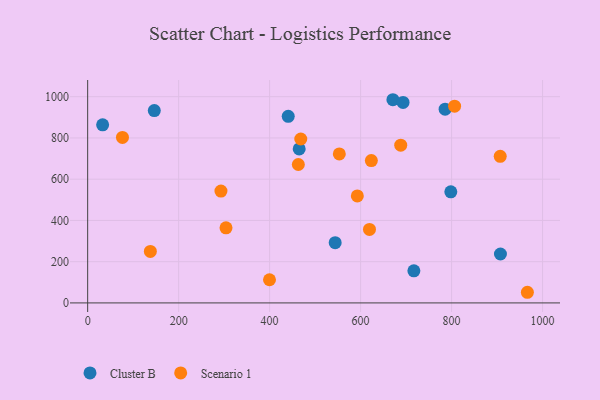
{"axis": {"x": "Investment", "y": "Profit"}, "legend": ["Cluster B", "Scenario 1"], "data": [{"x": "465.0", "y": 746.8, "type": "Cluster B"}, {"x": "798.3", "y": 538.8, "type": "Cluster B"}, {"x": "146.5", "y": 932.5, "type": "Cluster B"}, {"x": "544.1", "y": 292.2, "type": "Cluster B"}, {"x": "671.0", "y": 985.3, "type": "Cluster B"}, {"x": "785.8", "y": 939.5, "type": "Cluster B"}, {"x": "717.1", "y": 155.6, "type": "Cluster B"}, {"x": "693.3", "y": 972.2, "type": "Cluster B"}, {"x": "907.4", "y": 237.2, "type": "Cluster B"}, {"x": "32.9", "y": 863.5, "type": "Cluster B"}, {"x": "440.9", "y": 904.8, "type": "Cluster B"}, {"x": "304.1", "y": 364.3, "type": "Scenario 1"}, {"x": "399.7", "y": 112.3, "type": "Scenario 1"}, {"x": "468.5", "y": 794.8, "type": "Scenario 1"}, {"x": "137.8", "y": 249.8, "type": "Scenario 1"}, {"x": "806.6", "y": 953.9, "type": "Scenario 1"}, {"x": "463.1", "y": 671.1, "type": "Scenario 1"}, {"x": "553.2", "y": 722.6, "type": "Scenario 1"}, {"x": "293.0", "y": 542.3, "type": "Scenario 1"}, {"x": "906.9", "y": 710.7, "type": "Scenario 1"}, {"x": "592.8", "y": 518.7, "type": "Scenario 1"}, {"x": "76.5", "y": 802.6, "type": "Scenario 1"}, {"x": "619.5", "y": 356.3, "type": "Scenario 1"}, {"x": "966.6", "y": 51.6, "type": "Scenario 1"}, {"x": "623.6", "y": 690.4, "type": "Scenario 1"}, {"x": "688.2", "y": 764.7, "type": "Scenario 1"}]}